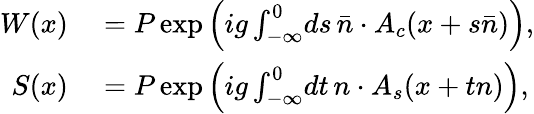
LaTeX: \begin{array}{rl}{{W(x)}}&{{}{{}=P\exp\left(ig\int_{-\infty}^{0}\! ds\, \bar{n}\cdot A_{c}(x+s\bar{n})\right),}}\\ {{S(x)}}&{{}{{}=P\exp\left(ig\int_{-\infty}^{0}\! dt\, n\cdot A_{s}(x+tn)\right),}}\end{array}